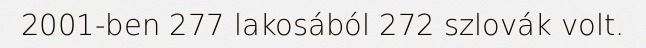
2001-ben 277 lakosából 272 szlovák volt.